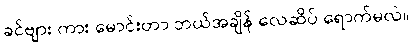
ခင်ဗျား ကား မောင်းတာ ဘယ်အချိန် လေဆိပ် ရောက်မလဲ။